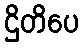
ဌိတိပေ